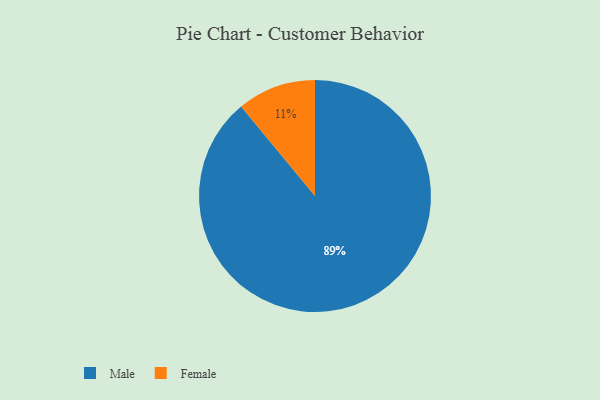
{"axis": {"x": "Category", "y": "Percentage"}, "legend": ["Female", "Male"], "data": [{"x": "Female", "y": 11, "type": "Female"}, {"x": "Male", "y": 89, "type": "Male"}]}